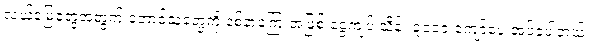
လယ်မြေတွေအတွက် တောင်သူတွေကို နစ်နာကြေးအဖြစ် ငွေကျပ် သိန်း ၃၀၀၀ ကျော်ပေးအပ်ခဲ့ပါတယ်။